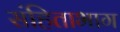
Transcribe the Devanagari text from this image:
संहिताभाग